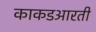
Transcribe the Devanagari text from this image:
काकडआरती